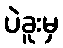
ပဲခူးမှ